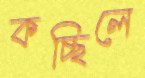
কচ্ছিলে